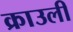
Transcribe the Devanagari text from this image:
क्राउली